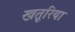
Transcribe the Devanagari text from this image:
खतूरिया